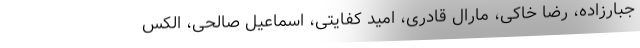
جبارزاده، رضا خاکی، مارال قادری، امید کفایتی، اسماعیل صالحی، الکس